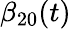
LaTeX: \beta_{20}(t)